Indian journal of veterinary science and animal husbandry - Volume 3,
Year: 1933
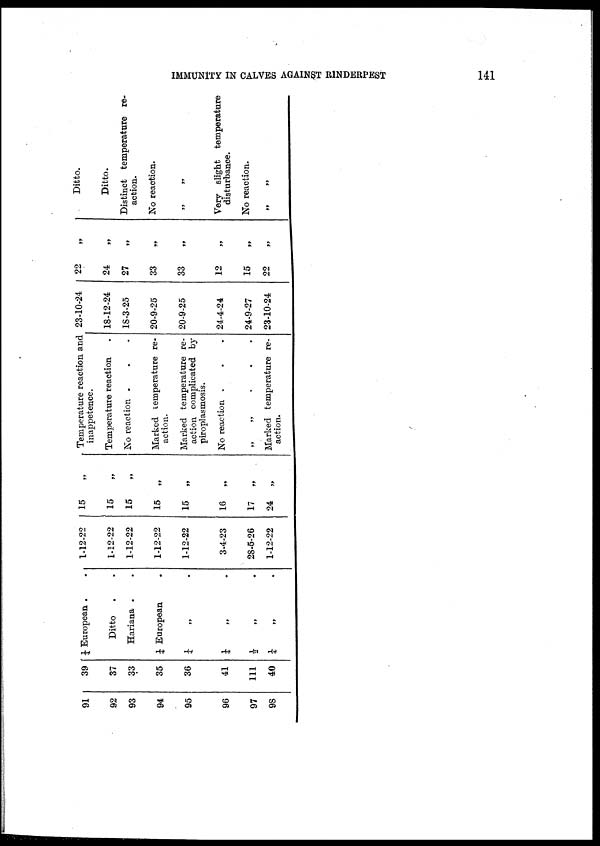
IMMUNITY IN CALVES AGAINST
RINDERPEST
141
91
92
93
94
95
96
97
98
39
37
33
35
36
41
111
40
¼ European . .
Ditto
. .
Hariana . .
¼ European .
¼ „ .
¼ „ .
½ „ .
¼ „ .
1-12-22
1-12-22
1-12-22
1-12-22
1-12-22
3-4-23
28-5-26
1-12-22
15
„
15 „
15
„
15
„
15
„
16
„
17
„
24
„
Temperature reaction and
inappetence.
Temperature reaction
No reaction . . .
Marked temperature re-
action.
Marked temperature re-
action complicated by
piroplasmosis.
No reaction . . .
„
„
.
.
.
Marked temperature re-
action.
23-10-24
18-12-24
18-3-25
20-9-25
20-9-25
24-4-24
24-9-27
23-10-24
22 „
24
„
27 „
33 „
33 „
12
„
15 „
22 „
Ditto.
Ditto.
Distinct temperature re-
action.
No reaction.
„ „
Very slight temperature
disturbance.
No reaction.
„ „